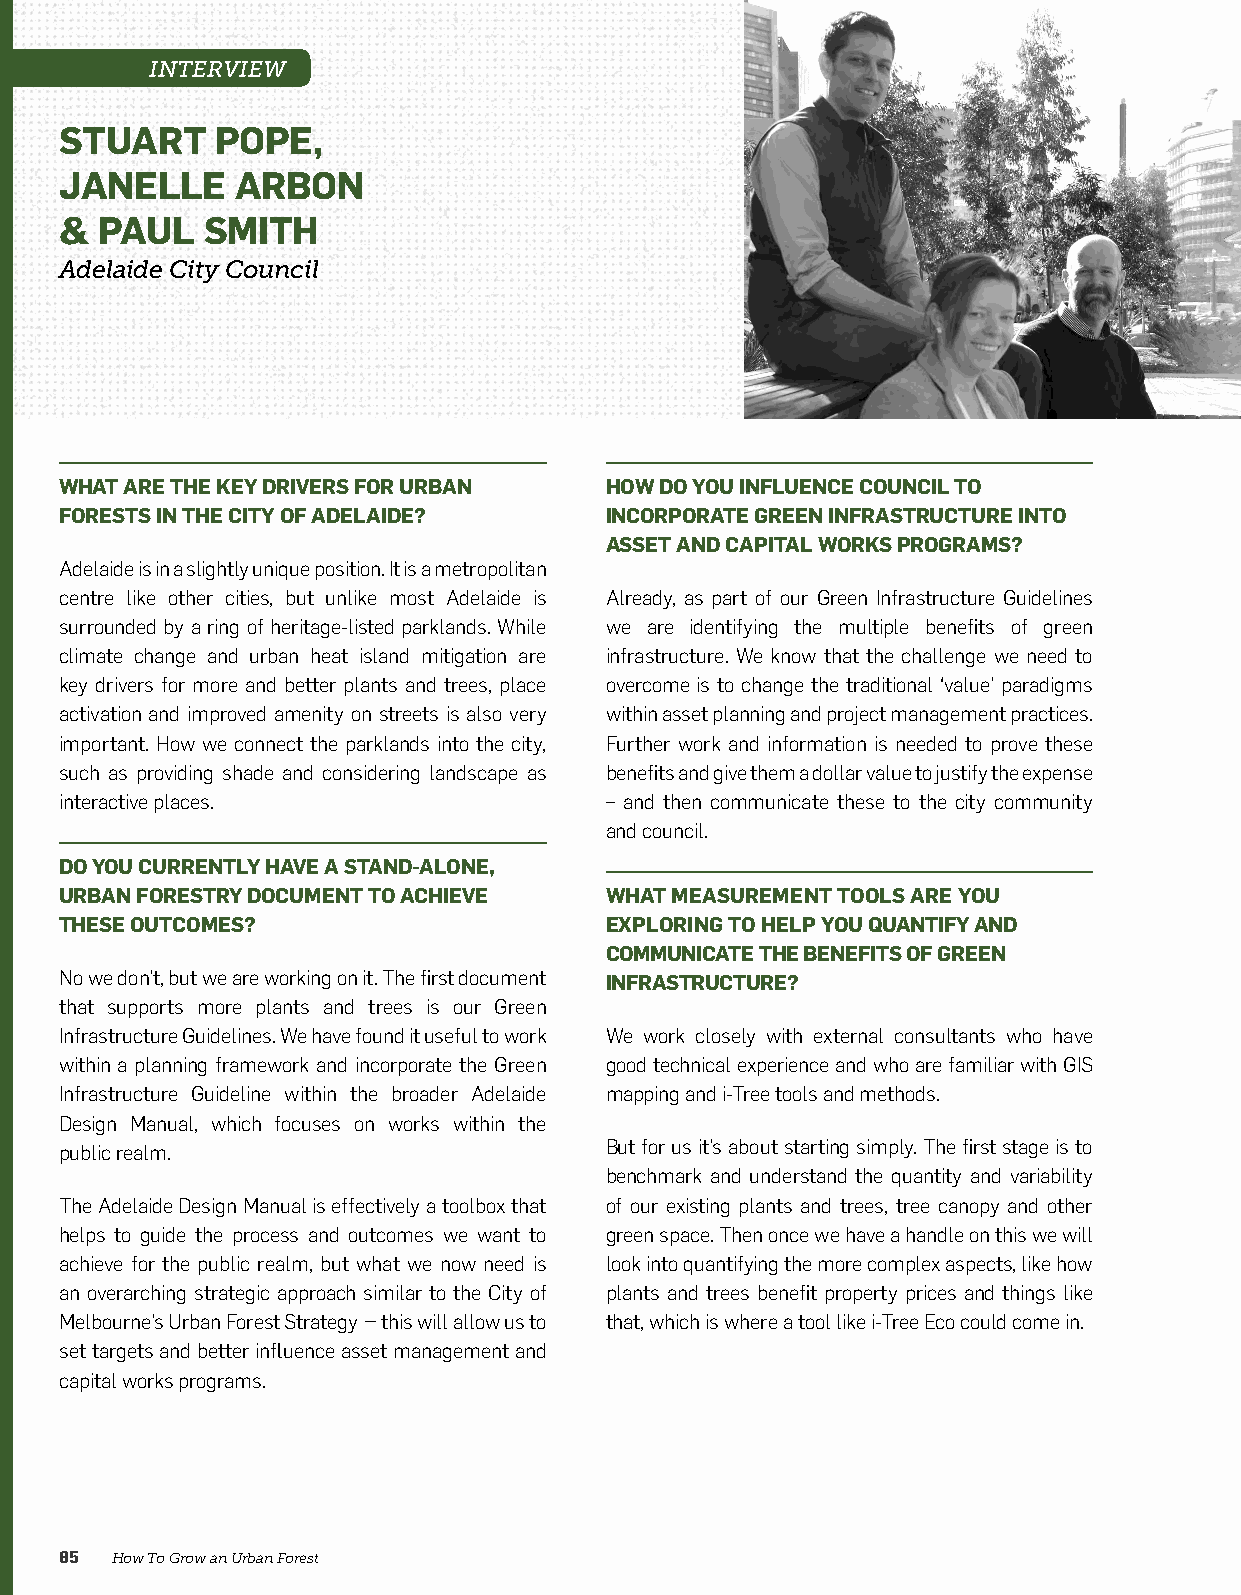
INTERVIEW
 STUART    POPE,
 JANELLE     ARBON
 &  PAUL  SMITH
 Adelaide City Council
 WHAT ARE THE KEY DRIVERS FOR URBAN  HOW DO YOU INFLUENCE COUNCIL TO
 FORESTS IN THE CITY OF ADELAIDE?    INCORPORATE GREEN INFRASTRUCTURE INTO
 ASSET AND CAPITAL WORKS PROGRAMS?
 Adelaide is in a slightly unique position. It is a metropolitan
 centre like other cities, but unlike most Adelaide is Already, as part of our Green Infrastructure Guidelines
 surrounded by a ring of heritage-listed parklands. While we are identifying the multiple benefits of green
 climate change and urban heat island mitigation are infrastructure. We know that the challenge we need to
 key drivers for more and better plants and trees, place overcome is to change the traditional ‘value’ paradigms
 activation and improved amenity on streets is also very within asset planning and project management practices.
 important. How we connect the parklands into the city, Further work and information is needed to prove these
 such as providing shade and considering landscape as benefits and give them a dollar value to justify the expense
 interactive places.                 – and then communicate these to the city community
 and council.
 DO YOU CURRENTLY HAVE A STAND-ALONE,
 URBAN FORESTRY DOCUMENT TO ACHIEVE  WHAT MEASUREMENT TOOLS ARE YOU
 THESE OUTCOMES?                     EXPLORING TO HELP YOU QUANTIFY AND
 COMMUNICATE THE BENEFITS OF GREEN
 No we don’t, but we are working on it. The first document INFRASTRUCTURE?
 that supports more plants and trees is our Green
 Infrastructure Guidelines. We have found it useful to work We work closely with external consultants who have
 within a planning framework and incorporate the Green good technical experience and who are familiar with GIS
 Infrastructure Guideline within the broader Adelaide mapping and i-Tree tools and methods.
 Design Manual, which focuses on works within the
 public realm.                       But for us it’s about starting simply. The first stage is to
 benchmark and understand the quantity and variability
 The Adelaide Design Manual is effectively a toolbox that of our existing plants and trees, tree canopy and other
 helps to guide the process and outcomes we want to green space. Then once we have a handle on this we will
 achieve for the public realm, but what we now need is look into quantifying the more complex aspects, like how
 an overarching strategic approach similar to the City of plants and trees benefit property prices and things like
 Melbourne’s Urban Forest Strategy – this will allow us to that, which is where a tool like i-Tree Eco could come in.
 set targets and better influence asset management and
 capital works programs.
 85 How To Grow an Urban Forest